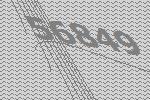
56849